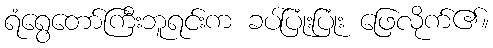
ရံရွေတော်ကြီးဘူရင်းက ခပ်ပြုံးပြုံး ဖြေလိုက်၏။